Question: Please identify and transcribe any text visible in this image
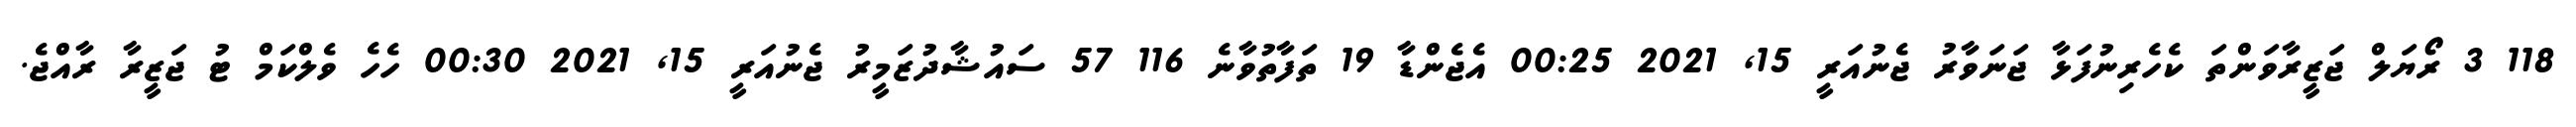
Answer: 118 3 ރޯޔަލް ޖަޒީރާވަންތަ ކެހެރިނުފަޅާ ޖަނަވާރު ޖެނުއަރީ 15, 2021 00:25 އެޖެންޑާ 19 ތަފާތުވާނެ 116 57 ސައުޝާދުޒަމީރު ޖެނުއަރީ 15, 2021 00:30 ހެހެ ވެލްކަމް ޓު ޖަޒީރާ ރާއްޖެ.